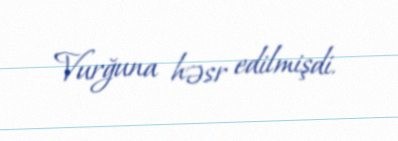
Vurğuna həsr edilmişdi.